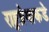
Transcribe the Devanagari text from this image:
राष्ट्रप्रेमाकडे